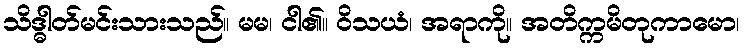
သိဒ္ဓါတ်မင်းသားသည်။ မမ၊ ငါ၏။ ဝိသယံ၊ အရာကို။ အတိက္ကမိတုကာမော၊